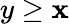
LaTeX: y\geq\mathbf{x}